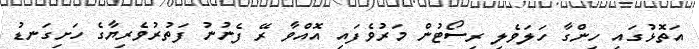
އަތޮޅުގައި ހިންގާ ހަލަވެލި ރިސޯޓުން މަރުވެފައި އޮއްވާ ރޭ ފެނުނު ފަތުރުވެރިޔާގެ ހަށިގަނޑު